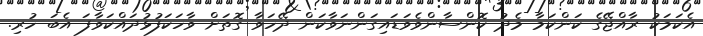
އެކަމަކު ރާއްޖޭގެ ކަންކަމާ މެދު ކޮންސާންވެވަޑައިގަންނަވާކަން ދޭހަވާ ގޮތަށް ވާހަކަފުޅުދައްކަވާފަ އެބަ ހުރި.